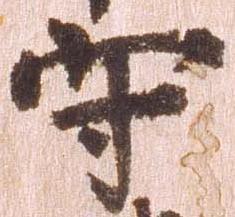
守